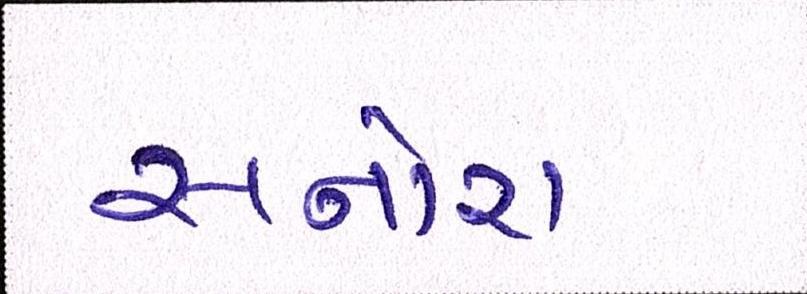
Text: સનોરા